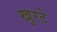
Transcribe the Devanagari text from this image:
खुरटे